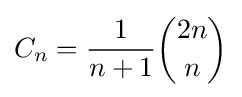
C_{n}={1 \over n+1}{2n \choose n}